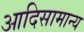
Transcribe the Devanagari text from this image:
आदिसामान्य